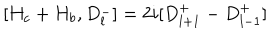
[ H _ { c } + H _ { b } , D _ { l } ^ { - } ] = 2 i [ D _ { l + 1 } ^ { + } - D _ { l - 1 } ^ { + } ]